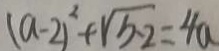
( a - 2 ) ^ { 2 } + \sqrt { b - 2 } = 4 a